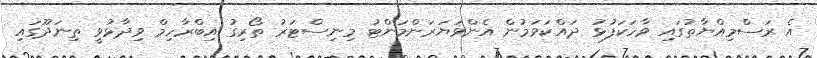
އެ ރަސްމިއްޔާތުގައި ވާހަކަފުޅު ދައްކަވަމުން އެންވަޔަރަންމަންޓު މިނިސްޓަރު ތޯރިގު އިބްރާހިމް ވިދާޅުވީ ތިނަދޫގައި